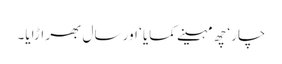
چار ‘ چھ مہینے کمایا ‘ اور سال بھر اڑایا۔